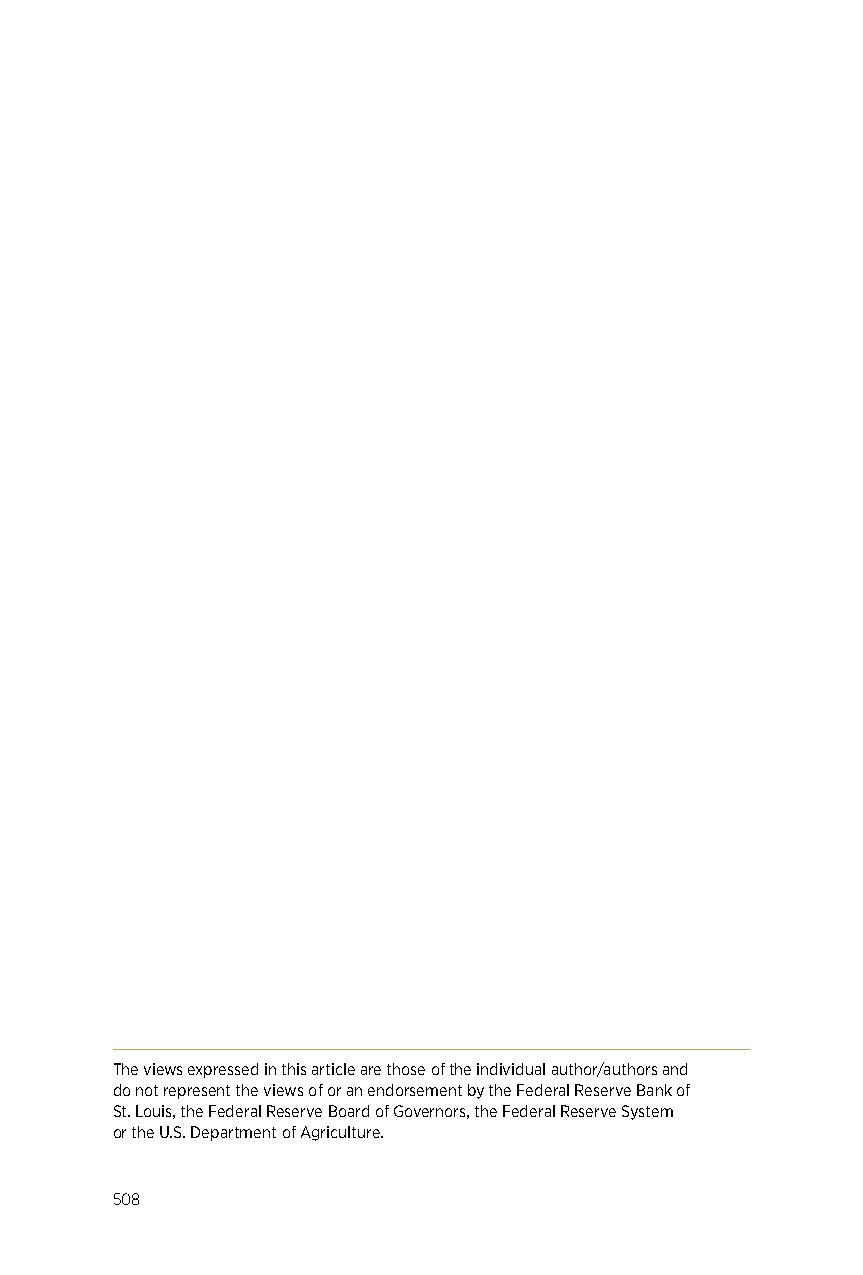
The views expressed in this article are those of the individual author/authors and
 do not represent the views of or an endorsement by the Federal Reserve Bank of
 St. Louis, the Federal Reserve Board of Governors, the Federal Reserve System
 or the U.S. Department of Agriculture.
 508